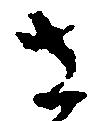
左